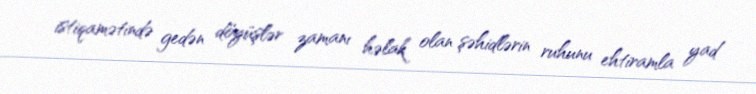
istiqamətində gedən döyüşlər zamanı həlak olan şəhidlərin ruhunu ehtiramla yad